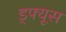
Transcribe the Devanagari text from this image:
ड्फ्यूस